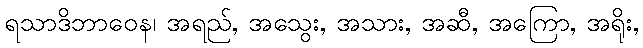
ရသာဒိဘာဝေန၊ အရည်, အသွေး, အသား, အဆီ, အကြော, အရိုး,